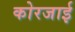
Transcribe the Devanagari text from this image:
कोरजाई